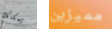
يمكنك مميزين